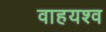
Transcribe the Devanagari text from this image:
वाहयश्व